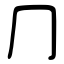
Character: ⺆